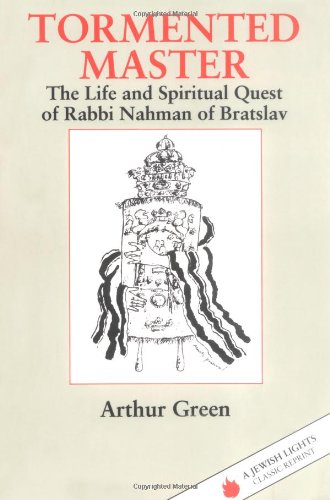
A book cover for Tormented Master: The Life and Spiritual Quest of Rabbi Nahman of Bratslav (Jewish Lights Classic Reprint); Dr. Arthur Green; Religion & Spirituality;